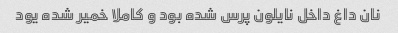
نان داغ داخل نایلون پرس شده بود و کاملا خمیر شده یود